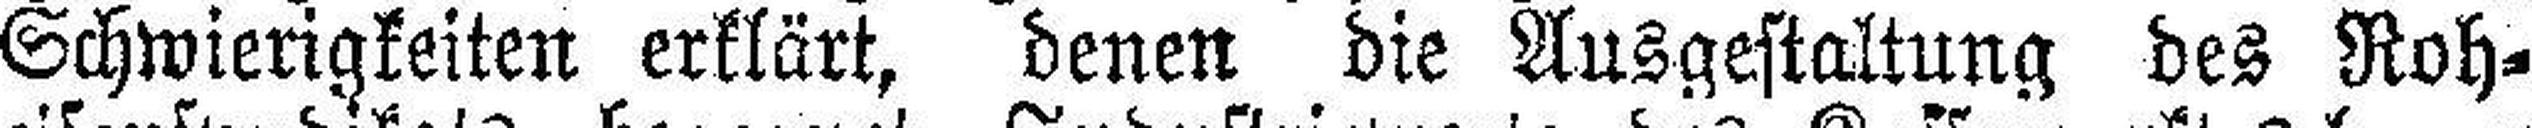
Schwierigkeiten erklärt, denen die Ausgestaltung des Roh¬